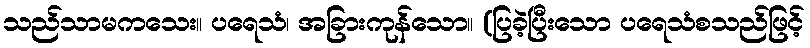
သည်သာမကသေး။ ပရေသံ၊ အခြားကုန်သော။ (ပြခဲ့ပြီးသော ပရေသံစသည်ဖြင့်